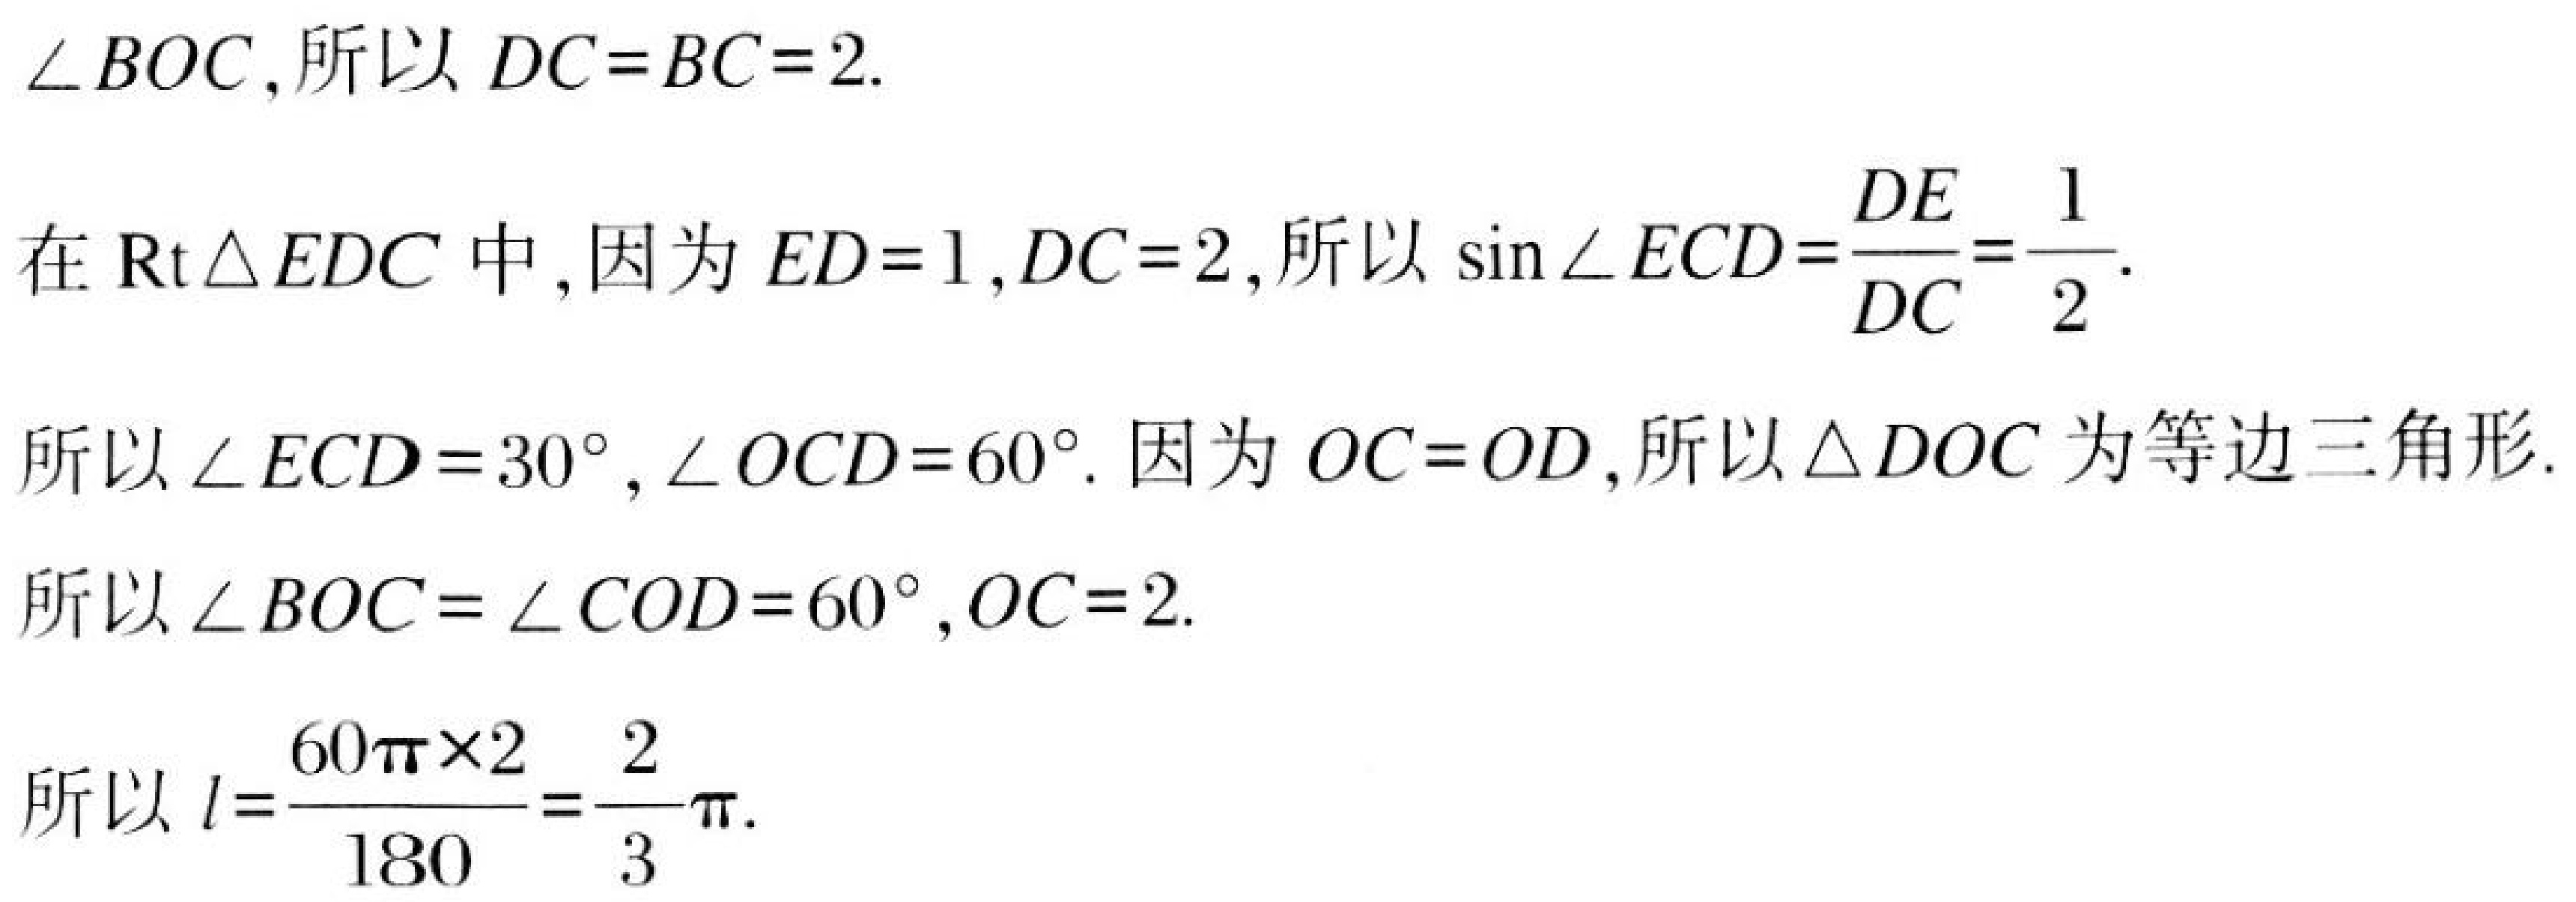
$\angle BOC , 所以 DC = BC = 2.$
在 $\text{Rt} \triangle EDC$ 中, 因为 $ED = 1, DC = 2,$ 所以 $\sin \angle ECD=\frac{DE}{DC}=\frac{1}{2}.$
所以 $\angle ECD = 30^{\circ},\angle OCD = 60^{\circ}.$ 因为 $OC = OD,$ 所以 $\triangle DOC$ 为等边三角形.
所以 $\angle BOC=\angle COD = 60^{\circ},OC = 2.$
所以 $l=\frac{60\pi\times 2}{180}=\frac{2}{3}\pi.$